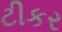
ટીકર